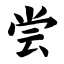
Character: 尝